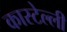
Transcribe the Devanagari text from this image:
कास्टेल्ली